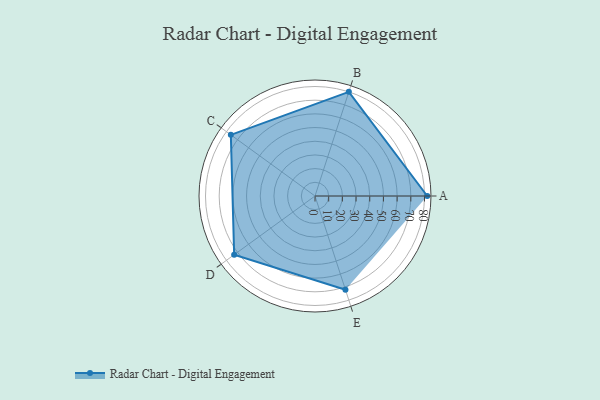
{"axis": {"x": "Skill", "y": "Score"}, "legend": ["Profile"], "data": [{"x": "A", "y": 82.0, "type": "Profile"}, {"x": "B", "y": 80.0, "type": "Profile"}, {"x": "C", "y": 76.0, "type": "Profile"}, {"x": "D", "y": 73.0, "type": "Profile"}, {"x": "E", "y": 72.0, "type": "Profile"}]}